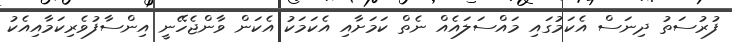
ފުރުސަތު ދިނަސް އެކަމުގައި މައްސަލައެއް ނެތް ކަމަށާއި އެކަމަކު އެކަން ވާންޖެހޭނީ އިންސާފުވެރިކަމާއިއެކު